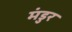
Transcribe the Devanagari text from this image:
मंडुर